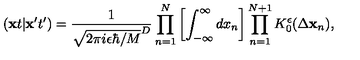
( { \bf x } t \vert { \bf x } ^ { \prime } t ^ { \prime } ) = \frac { 1 } { \sqrt { 2 \pi i \epsilon \hbar / M } ^ { D } } \prod _ { n = 1 } ^ { N } \left[ \int _ { - \infty } ^ { \infty } d x _ { n } \right] \prod _ { n = 1 } ^ { N + 1 } K _ { 0 } ^ { \epsilon } ( \Delta { \bf x } _ { n } ) ,